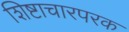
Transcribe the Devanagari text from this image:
शिष्टाचारपरक